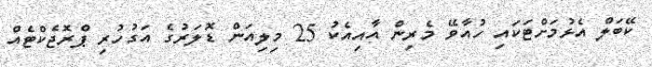
ކޭބަލް އެޅުމަށްޓަކައި ހުއާވޭ މެރިން އާއިއެކު 25 މިލިއަން ޑޮލަރުގެ އަގުހުރި ޕްރޮޖެކްޓެއް